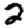
Digit: 2